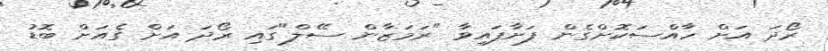
ރޯދަ އަށް ހާއްސަކޮށްގެން ފަށާފައިވާ "ރަމަޒާން ސޭލް"ގައި ރޯދަ އަށް ގެއަށް ބޮޑު